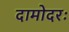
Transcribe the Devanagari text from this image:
दामोदरः